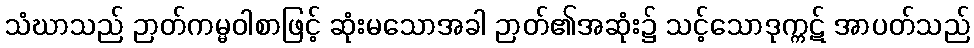
သံဃာသည် ဉာတ်ကမ္မဝါစာဖြင့် ဆုံးမသောအခါ ဉာတ်၏အဆုံး၌ သင့်သောဒုက္ကဋ် အာပတ်သည်